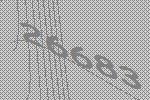
26683